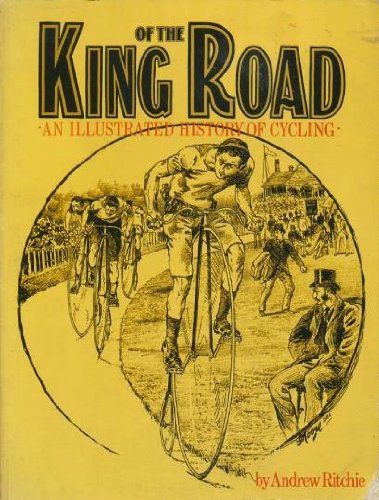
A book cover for King of the Road (An Illustrated History of Cycling); Andrew Ritchie; Children's Books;